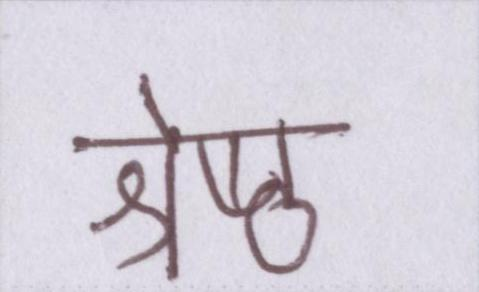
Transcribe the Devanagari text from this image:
श्रेष्ठ